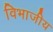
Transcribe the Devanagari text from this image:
विभाजीय